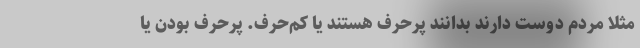
مثلاً مردم دوست دارند بدانند پرحرف هستند یا کم‌حرف. پرحرف بودن یا